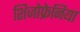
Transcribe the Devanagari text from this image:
शिजोफ्रेनिया